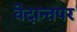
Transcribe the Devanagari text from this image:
वेदान्तपर